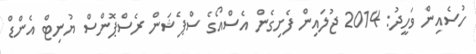
ހުސެއިން ވަހީދު: 2014 ޖުލައިން ފެށިގެން އެސްއޯގެ ސްޕެޝަން ރެސްޕޮންސް ޔުނިޓް އެންޑް